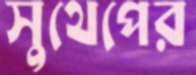
সুথেপের